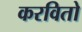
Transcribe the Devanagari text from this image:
करवितो